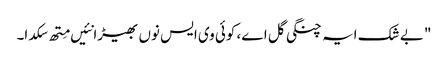
" بے شک ایہ چنگی گل اے، کوئی وی ایس نوں بھیڑا نئیں مِتھ سکدا۔